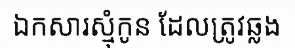
ឯកសារស្មុំកូន ដែលត្រូវឆ្លង